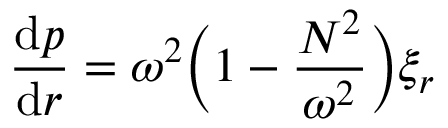
\frac { \mathrm { d } p } { \mathrm { d } r } = \omega ^ { 2 } \Big ( 1 - \frac { N ^ { 2 } } { \omega ^ { 2 } } \Big ) \xi _ { r }